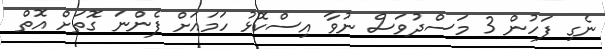
ނެގި ފަހުން 3 މަސްދުވަސް ނުވާ އިސްކޮޅު ހަމައަށް ފެންނަ ގޮތަށް އޮތް